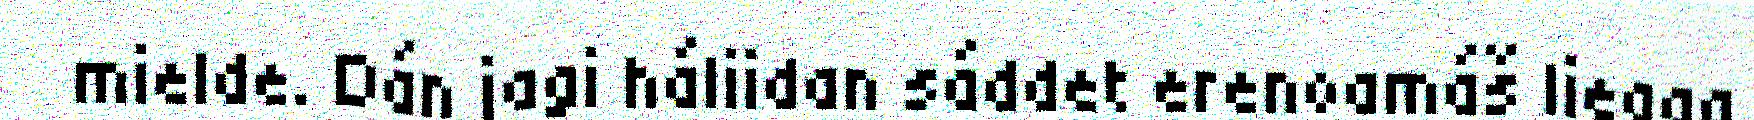
mielde. Dán jagi háliidan sáddet erenoamáš liegga